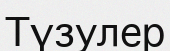
Түзулер